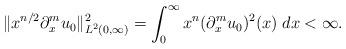
LaTeX: \begin{align*} \|x^{n/2}\partial_x^mu_0\|_{L^2(0,\infty)}^2= \int_0^\infty x^n(\partial_x^mu_0)^2(x) \; dx< \infty.\end{align*}